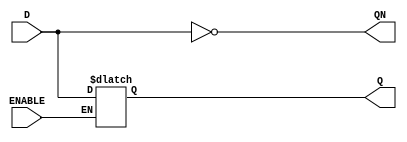
/******************************************************************************
 **                                                                          **
 ** Component : LATCH                                                        **
 **                                                                          **
 *****************************************************************************/

module LATCH(
      input wire D,
      input wire ENABLE,
      output reg Q,
      output reg QN );


  // Initialize Q and QN with opposite values
    initial begin
        Q = 1'b0;
        QN = 1'b1;
    end
 
   // LATCH
   always @* begin 
      if (ENABLE) begin
         Q = D; // When ENABLE is high, Q takes the value of the input
      end
      // When ENABLE is low, Q retains its value
      
      QN = ~Q; // Negate Q to get QN
   end

   

endmodule